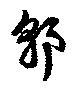
郭